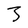
Character: 3